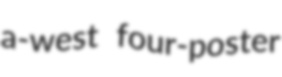
a-west four-poster